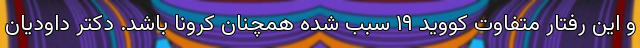
و این رفتار متفاوت کووید ۱۹ سبب شده همچنان کرونا باشد. دکتر داودیان